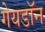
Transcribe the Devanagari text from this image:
गेयडॉन